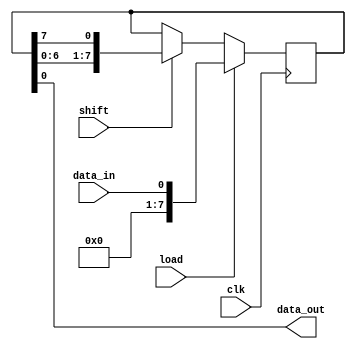
module shift_register (
  input wire clk,
  input wire load,
  input wire shift,
  input wire data_in,
  output reg data_out
);

reg [7:0] reg_data;

always @(posedge clk) begin
  if (load) begin
    reg_data <= data_in;
  end else if (shift) begin
    reg_data <= {reg_data[6:0], reg_data[7]};
  end
end

assign data_out = reg_data[0];

endmodule